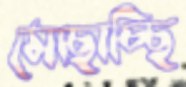
মোছাচ্ছি